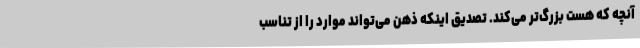
آنچه که هست بزرگ‌تر می‌کند. تصدیق اینکه ذهن می‌تواند موارد را از تناسب